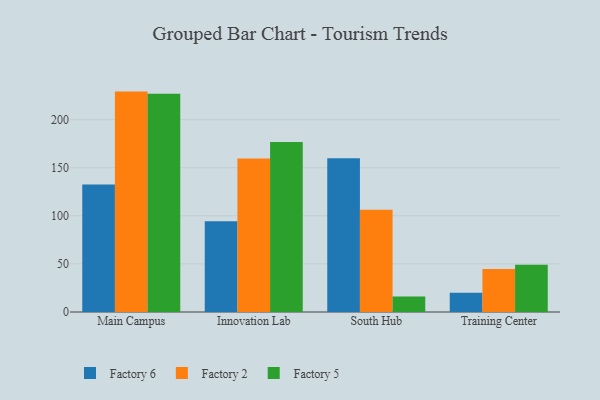
{"axis": {"x": "Campus", "y": "Website Visitors"}, "legend": ["Factory 2", "Factory 5", "Factory 6"], "data": [{"x": "Main Campus", "y": 132.7, "type": "Factory 6"}, {"x": "Main Campus", "y": 229.2, "type": "Factory 2"}, {"x": "Main Campus", "y": 226.9, "type": "Factory 5"}, {"x": "Innovation Lab", "y": 94.4, "type": "Factory 6"}, {"x": "Innovation Lab", "y": 159.7, "type": "Factory 2"}, {"x": "Innovation Lab", "y": 176.8, "type": "Factory 5"}, {"x": "South Hub", "y": 159.9, "type": "Factory 6"}, {"x": "South Hub", "y": 106.3, "type": "Factory 2"}, {"x": "South Hub", "y": 16.2, "type": "Factory 5"}, {"x": "Training Center", "y": 19.9, "type": "Factory 6"}, {"x": "Training Center", "y": 44.6, "type": "Factory 2"}, {"x": "Training Center", "y": 49.1, "type": "Factory 5"}]}